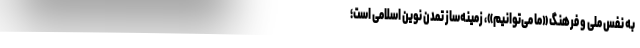
به نفس ملی و فرهنگ «ما می‌توانیم»، زمینه‌ساز تمدن نوین اسلامی است؛